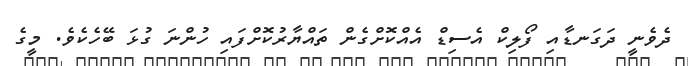
ދެވެނީ ދަގަނޑާއި ފޯލިކް އެސިޑް އެއްކޮށްގެން ތައްޔާރުކޮށްފައި ހުންނަ ގުޅަ ބޭހެކެވެ. މީގެ